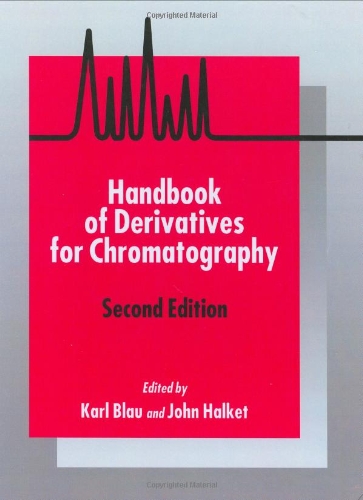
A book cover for Handbook of Derivatives for Chromatography, 2E; Science & Math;